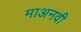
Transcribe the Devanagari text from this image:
माअनवी